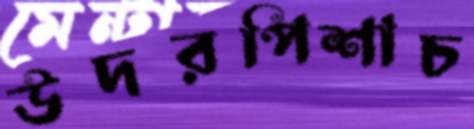
উদরপিশাচ